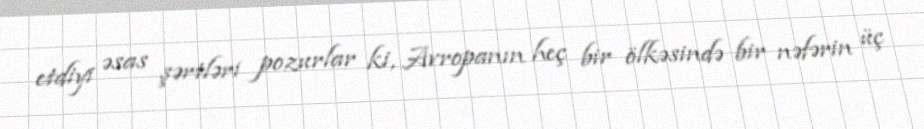
etdiyi əsas şərtləri pozurlar ki, Avropanın heç bir ölkəsində bir nəfərin üç